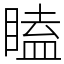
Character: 瞌